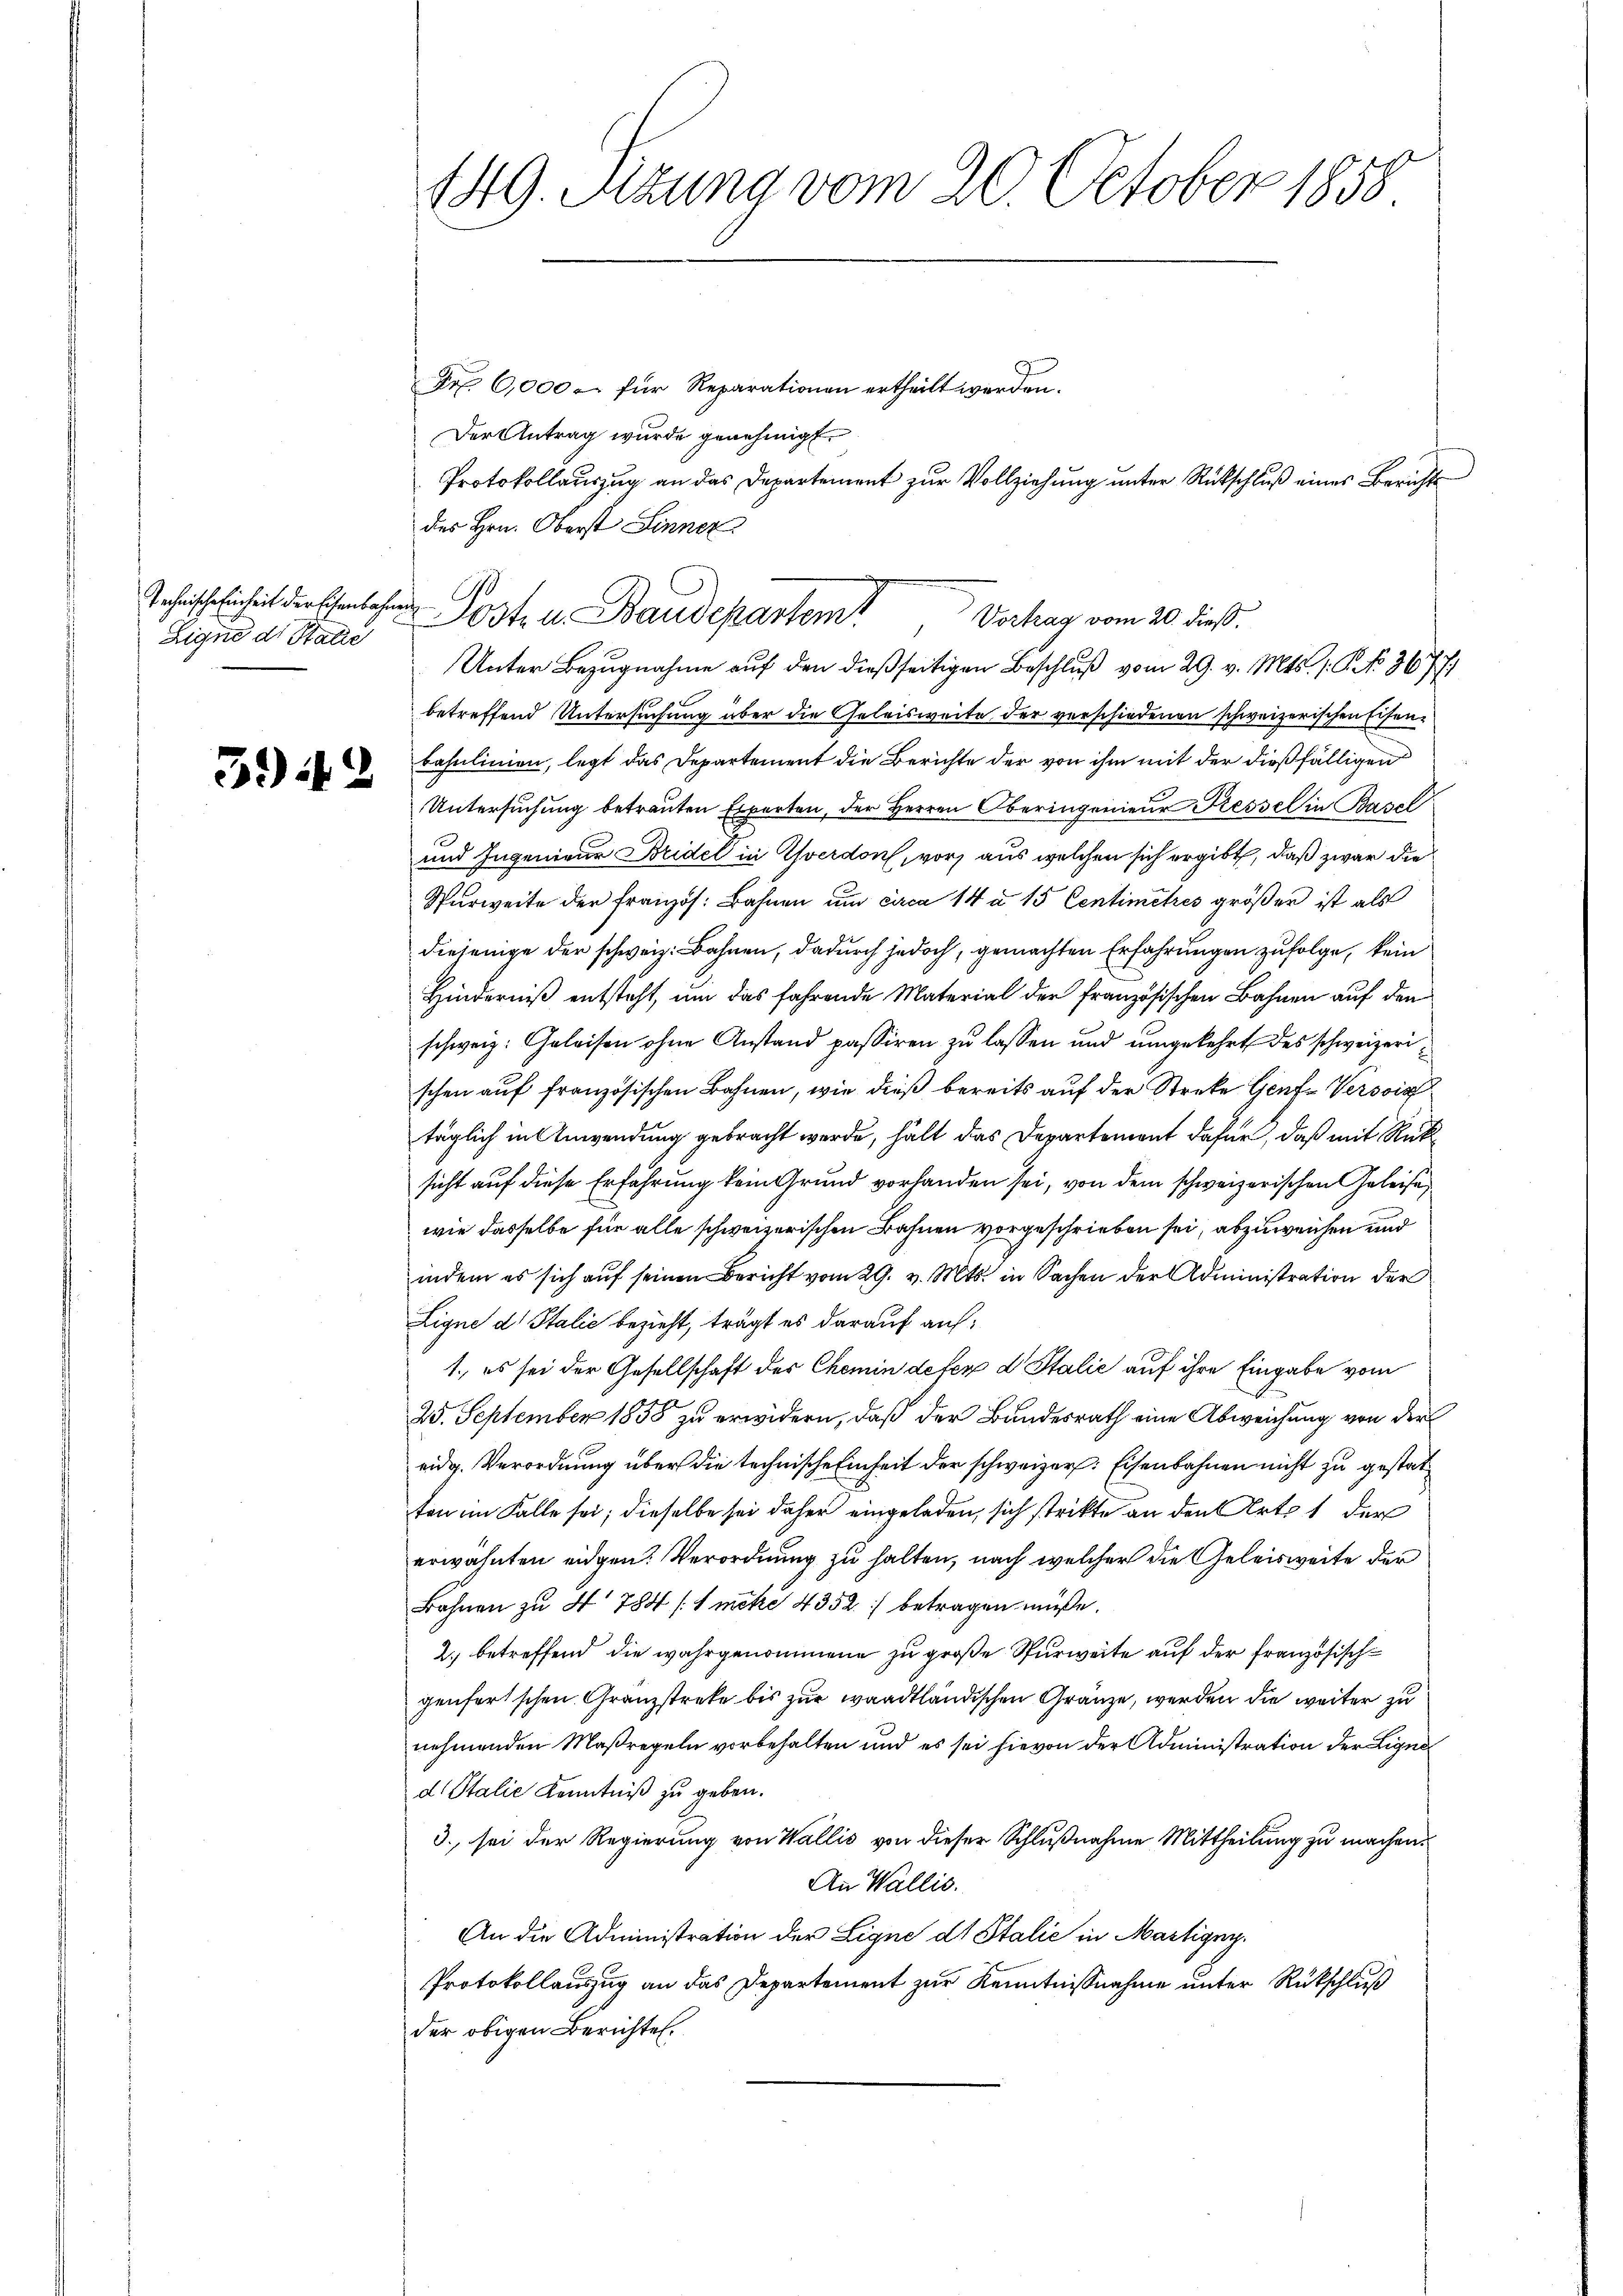
Technische Einheit der Eisenbahne
Eigne dr Stalie

3942

149. Sizung vom 20. October 1858.

Fr. 6,000 für Reparationen ertheilt werden.
Der Antrag wurde genehmigt.
des Hrn. Oberst Linner
Vortrag vom 20. dieß.
Unter Bezŭgnahme auf den dießseitigen Beschluß vom 29. v. Mts. 1. P. No 9677)
betreffend Untersuchung über die Geleisweite der verschiedenen schweizerischen Eisenbahnlinien, legt das Departement die Berichte der von ihm mit der dießfälligen
Untersuchung betrauten Experten, der Herren Oberingenieur Kessel in Basel
und Ingenieur Bridel in Yverdon, vor, aus welchen sich ergibt, daß zwar die
Surweite der Französ. Bahnen um circa 14 u 15 Centimetres größer ist als
diejenige der schweiz. Bahnen, dadurch jedoch, gemachten Erfahrungen zufolge, kein
Hinderniß entsteht, um das fahrende Material der französischen Bahnen auf den
schweiz. Geleisen ohne Anstand passiren zu lassen und umgekehrt des schweizerischen auf französischen Bahnen, wie dieß bereits auf der Streke Genf Versic
täglich in Anwendung gebracht werde, hält das Departement dafür, daß mit Rück
sicht auf diese Erfahrung kein Grund vorhanden sei, von dem schweizerischen Geleise
wie dasselbe für alle schweizerischen Bahnen vorgeschrieben sei, abzuweichen und
indem es sich auf seinen Bericht vom 29. v. Mts. in Sachen der Administration der
Ligne d. Stalić bezieht, trägt es darauf auf¬
1., es sei der Gesellschaft des Chemin defen d. Stalić auf ihre Eingabe vom
25. September 1858 zu erwidern, daß der Bundesrath eine Abweichung von der
eidg. Verordnung über die technische Einheit der schweizer: Eisenbahnen nicht zu gestatton im Falle sei; dieselbe sei daher eingeladen, sich strikte an den Art. 1 der
erwähnten eidgen. Verordnung zu halten, nach welcher die Geleisweite der
Bahnen zu 4 784 (1 mete 4352) betragen müsse.
2.) betreffend die wahrgenommene zu große Spurweite auf der französischgenfertschen Granzstreke bis zur waadtländischen Gränze, werden die weiter zu
nehmenden Maßregeln vorbehalten und es sei hievon der Administration der Ligne
d. Stalie Kenntniß zu geben.
3., sei der Regierung von Wallis von dieser Schlußnahme Mittheilung zu machen.
An Wallis.
An die Administration der Ligne ds Italić in Martigny,
Protokollauszug an das Departement zur Kenntnißnahme unter Rückschluß
der obigen Berichten.

Poste u. Baudepartem

Protokollauszug an das Departement zur Vollziehung unter Rükschluß eines Berichts¬